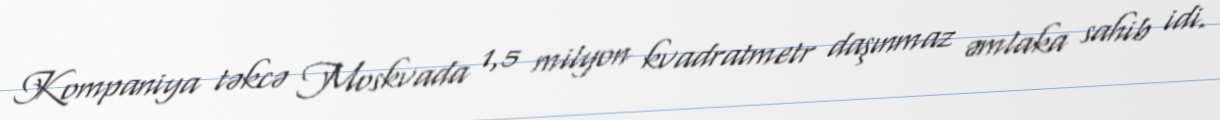
Kompaniya təkcə Moskvada 1,5 milyon kvadratmetr daşınmaz əmlaka sahib idi.